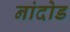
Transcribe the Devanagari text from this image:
नांदोड